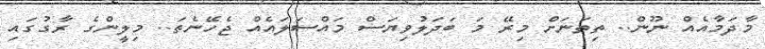
މާދަމާއެއް ނޫން.. ތިތަނަށް މިރޭ މަ ބަދަލުވިޔަސް މައްސަލައެއް ޖެހޭނެތަ.. މިލީންގެ ރާގުގައި